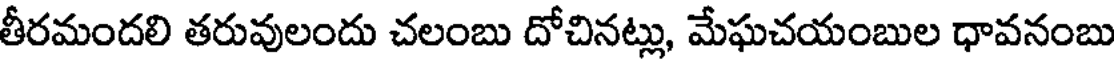
తీరమందలి తరువులందు చలంబు దోచినట్లు, మేఘచయంబుల ధావనంబు